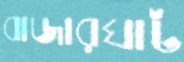
বাজারঘাট